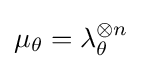
\mu _{\theta }=\lambda _{\theta }^{\otimes n}